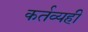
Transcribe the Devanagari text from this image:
कर्तव्यही